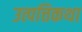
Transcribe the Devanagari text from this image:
उत्पत्तिकथा